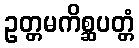
ဥတ္တမကိစ္ဆပတ္တံ